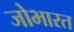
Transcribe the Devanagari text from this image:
जोभारत